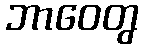
ဘာဝေတွ